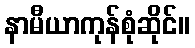
နာမီယာကုန်စုံဆိုင်။